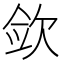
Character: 𰙎